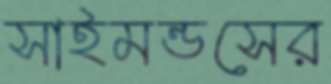
সাইমন্ডসের